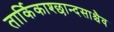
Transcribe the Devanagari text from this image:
तार्किकाश्छान्दसाश्चैव